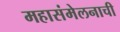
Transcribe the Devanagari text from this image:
महासंमेलनाची